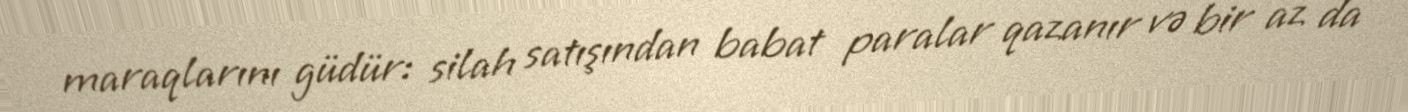
maraqlarını güdür: silah satışından babat paralar qazanır və bir az da